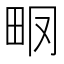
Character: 𤱆